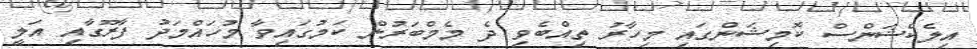
އިލެކްޝަންސް ކޮމިޝަންގައި މިހާރު ތިއްބެވި ދެ މެމްބަރުން ކަމުގައިވާ މުހައްމަދު ފާރޫގާއި އަލީ